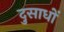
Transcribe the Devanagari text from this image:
दुसाधों